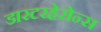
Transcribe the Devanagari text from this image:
डारटरहेरोन्स